Lunatic asylums Punjab 1868-1880 - 1868-1880
Year: 1868
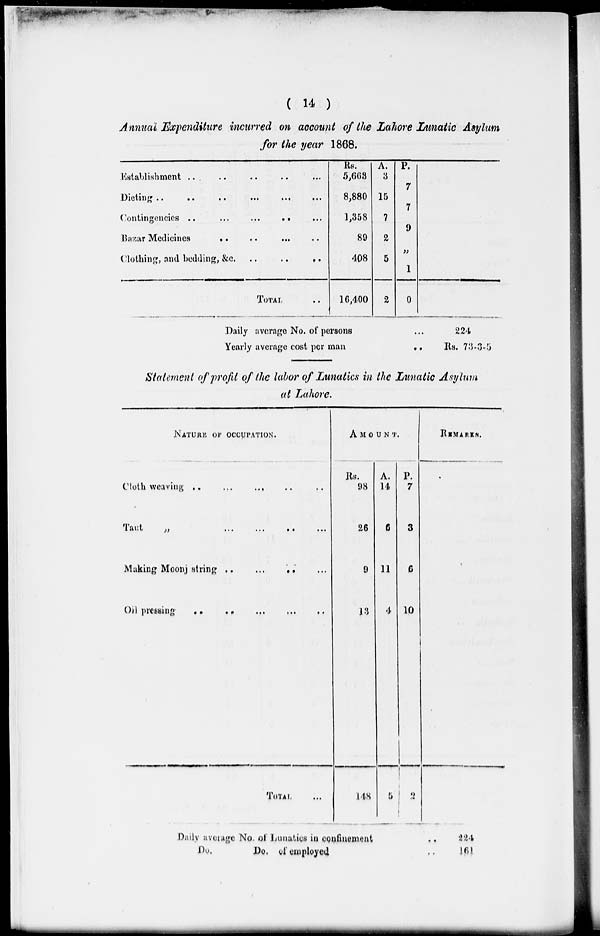
( 14 )
Annual Expenditure incurred on account of the Lahore Lunatic Asylum
for the year 1868.
Establishment ...
..
..
..
...
Dieting
..
..
.. ... ... ...
Contingencies
..
...
...
..
...
Bazar Medicines
..
..
... ..
Clothing, and beddings, &c.
..
..
..
TOTAL ..
Rs.
5,663
8,880
1,358
89
408
16,400
A.
3
15
7
2
5
2
P.
7
7
9
„
1
0
Daily average No. of persons ...
Yearly average cost per man
..
224
Rs. 73-3-5
Statement of profit of the labor of Lunatics in the Lunatic Asylum
at Lahore.
NATURE OF OCCUPATION.
Cloth weaving
..
...
...
..
..
Taut
„
...
...
..
...
Making Moonj string .. ... .. ...
Oil pressing
..
..
...
...
..
TOTAL ...
AMOUNT.
Rs.
98
26
9
13
148
A.
14
6
11
4
5
P.
7
3
6
10
2
REMARKS.
Daily average No. of Lunatics in confinement
..
Do.
Do. of employed ..
224
161